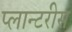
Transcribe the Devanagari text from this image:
प्लान्टरीस